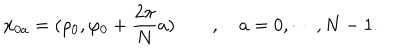
{ \bf x } _ { 0 a } = ( \rho _ { 0 } , \varphi _ { 0 } + \frac { 2 \pi } { N } a ) \qquad , \quad a = 0 , \cdots , N - 1 .